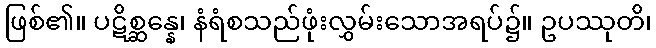
ဖြစ်၏။ ပဋိစ္ဆန္နေ၊ နံရံစသည်ဖုံးလွှမ်းသောအရပ်၌။ ဥပဿုတိ၊